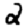
Digit: 2